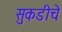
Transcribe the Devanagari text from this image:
सुकडीचे